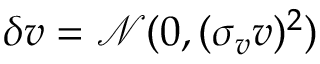
\delta v = \mathcal { N } ( 0 , ( \sigma _ { v } v ) ^ { 2 } )